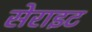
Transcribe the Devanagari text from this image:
सेराइट